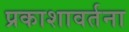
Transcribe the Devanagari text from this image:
प्रकाशावर्तना